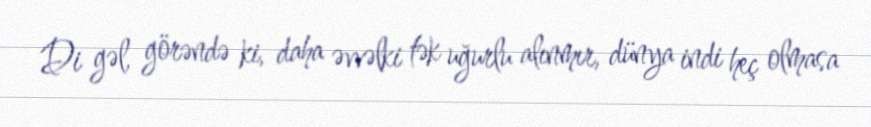
Di gəl, görəndə ki, daha əvvəlki tək uğurlu alınmır, dünya indi heç olmasa